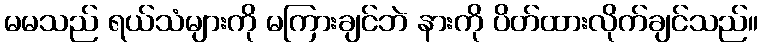
မမသည် ရယ်သံများကို မကြားချင်ဘဲ နားကို ပိတ်ထားလိုက်ချင်သည်။